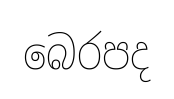
බෙරපද